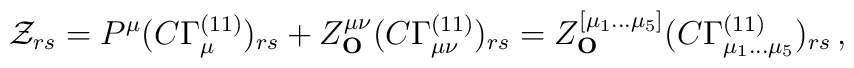
{\cal{Z}}_{rs} = P^\mu (C\Gamma^{(11)}_\mu)_{rs} +   Z^{\mu\nu}_{\bf{O}} (C\Gamma^{(11)}_{\mu\nu})_{rs} =    Z^{[\mu_1\ldots \mu_5]}_{\bf{O}}    (C\Gamma^{(11)}_{\mu_1 \ldots    \mu_5})_{rs}\, ,